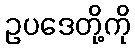
ဥပဒေတို့ကို